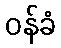
ဝန်ခံ